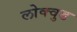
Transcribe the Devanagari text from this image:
लोक्वुड